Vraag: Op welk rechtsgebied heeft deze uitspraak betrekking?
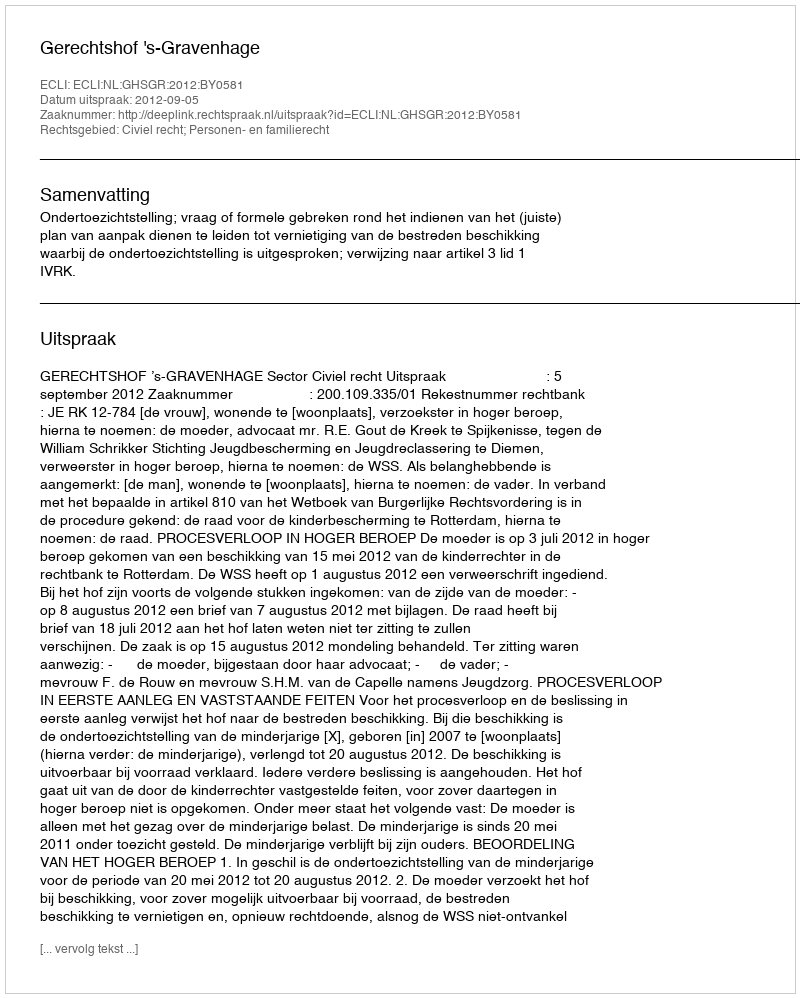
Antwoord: Civiel recht; Personen- en familierecht